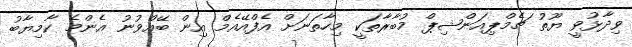
ވިދާޅުވީ ޔޫތު ޗެމްޕިއަންޝިޕް މުބާރާތަކީ މިހާތަނަށް އެފްއޭއެމް އިން ބޭއްވުނު އެންމެ ކާމިޔާބު